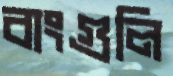
বাংগুলি